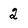
Character: 2